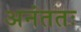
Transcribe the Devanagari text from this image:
अनंततः